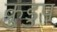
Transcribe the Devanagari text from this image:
क्रुडुप